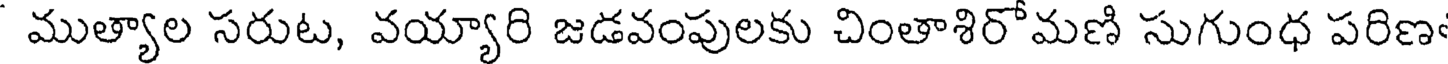
ముత్యాల సరుట, వయ్యారి జడవంపులకు చింతాశిరోమణి సుగుంధ పరిణ